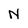
Character: N